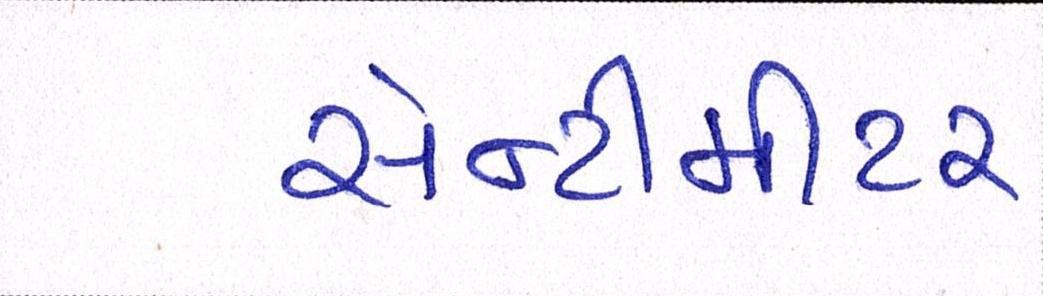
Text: સેન્ટીમીટર